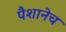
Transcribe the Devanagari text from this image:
पैशानेच